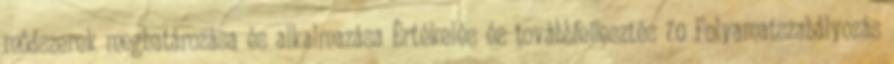
módszerek meghatározása és alkalmazása Értékelés és továbbfejlesztés 70 Folyamatszabályozás